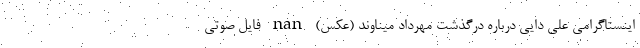
اینستاگرامی علی دایی درباره درگذشت مهرداد میناوند (عکس) nan فایل صوتی